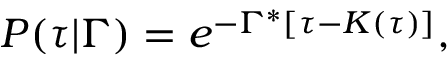
P ( \tau \vert \Gamma ) = e ^ { - \Gamma ^ { * } [ \tau - K ( \tau ) ] } ,